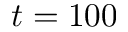
t = 1 0 0